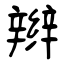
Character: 辫